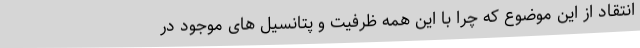
انتقاد از این موضوع که چرا با این همه ظرفیت و پتانسیل های موجود در